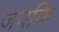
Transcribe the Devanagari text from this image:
जवकि